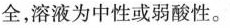
全，溶液为中性或弱酸性。